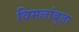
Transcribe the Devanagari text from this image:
विमलांबुजा